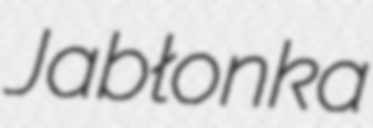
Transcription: Jabłonka